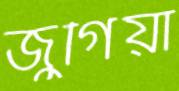
জুগিয়া